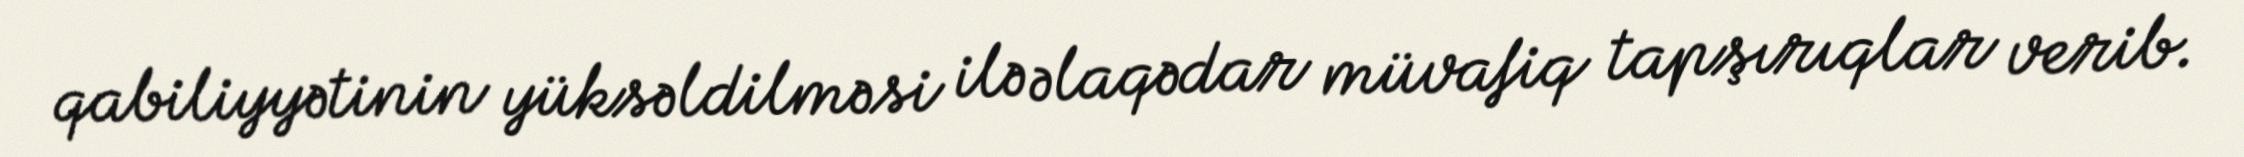
qabiliyyətinin yüksəldilməsi ilə əlaqədar müvafiq tapşırıqlar verib.